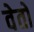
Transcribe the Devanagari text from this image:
वेतों